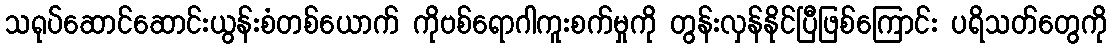
သရုပ်ဆောင်ဆောင်းယွန်းစံတစ်ယောက် ကိုဗစ်ရောဂါကူးစက်မှုကို တွန်းလှန်နိုင်ပြီဖြစ်ကြောင်း ပရိသတ်တွေကို